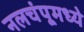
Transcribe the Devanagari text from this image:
नलचंपूमध्ये